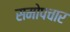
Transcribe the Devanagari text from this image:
समोपचार